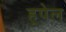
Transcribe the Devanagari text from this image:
हूपेल